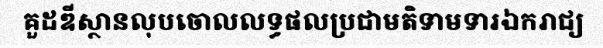
គួដឌីស្ថានលុបចោលលទ្ធផលប្រជាមតិទាមទារឯករាជ្យ